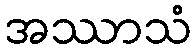
အဿာသံ